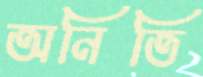
অনিতি